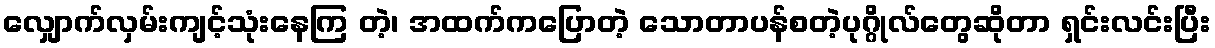
လျှောက်လှမ်းကျင့်သုံးနေကြ တဲ့၊ အထက်ကပြောတဲ့ သောတာပန်စတဲ့ပုဂ္ဂိုလ်တွေဆိုတာ ရှင်းလင်းပြီး